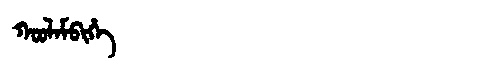
Manchu: ᡴᠣᠣᠯᠠᠮᠪᡳᡥᡝ
Romanization: KOOLAMBIHE